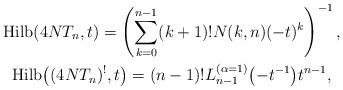
\begin{gather*}{\rm Hilb} (4NT_n,t)= \left(\sum_{k=0}^{n-1} (k+1)! N(k,n) (-t)^{k} \right)^{-1}, \\{\rm Hilb}\big((4NT_n)^{!},t\big)=(n-1) ! L_{n-1}^{(\alpha=1)}\big({-}t^{-1}\big) t^{n-1},\end{gather*}